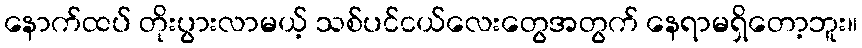
နောက်ထပ် တိုးပွားလာမယ့် သစ်ပင်ငယ်လေးတွေအတွက် နေရာမရှိတော့ဘူး။